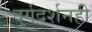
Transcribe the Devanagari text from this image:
दुर्गदर्शनही